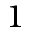
1